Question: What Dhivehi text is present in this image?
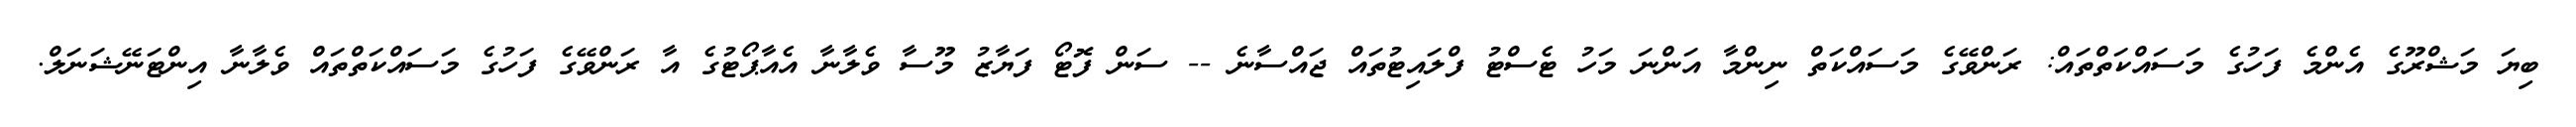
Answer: ބިޔަ މަޝްރޫގެ އެންމެ ފަހުގެ މަސައްކަތްތައް: ރަންވޭގެ މަސައްކަތް ނިންމާ އަންނަ މަހު ޓެސްޓު ފްލައިޓުތައް ޖައްސާނެ -- ސަން ފޮޓޯ ފަޔާޒު މޫސާ ވެލާނާ އެއާޕޯޓުގެ އާ ރަންވޭގެ ފަހުގެ މަސައްކަތްތައް ވެލާނާ އިންޓަނޭޝަނަލް.